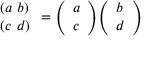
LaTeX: { \begin{array} { l } { ( a \ b ) } \\ { ( c \ d ) } \end{array} } = { \left( \begin{array} { l } { a } \\ { c } \end{array} \right) } { \left( \begin{array} { l } { b } \\ { d } \end{array} \right) }